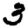
Digit: 3